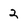
Character: 2